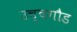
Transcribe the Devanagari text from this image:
उच्चगौड